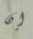
إن